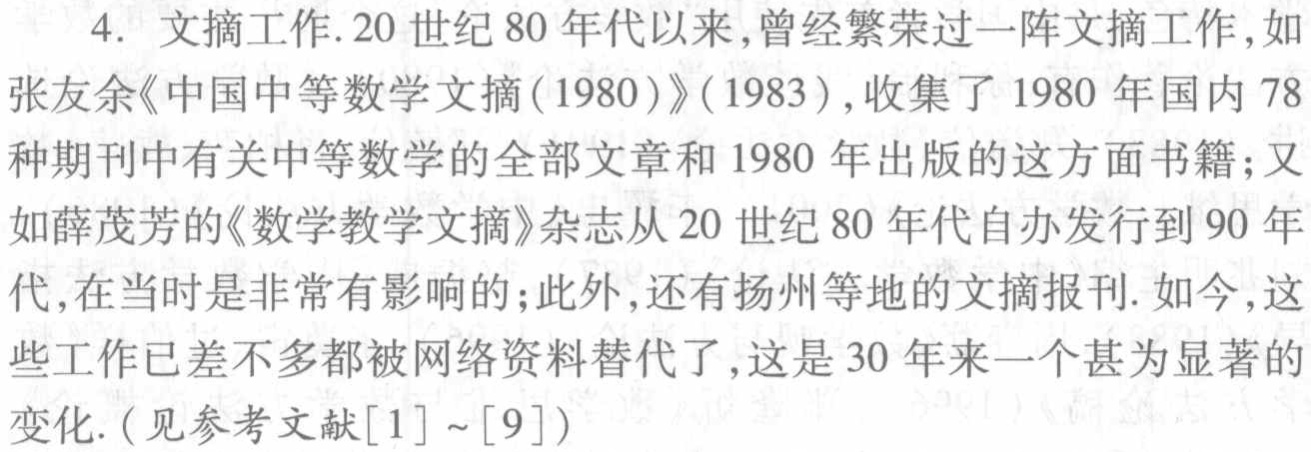
4. 文摘工作.20世纪80年代以来,曾经繁荣过一阵文摘工作,如
张友余《中国中等数学文摘(1980)》(1983),收集了1980年国内78
种期刊中有关中等数学的全部文章和1980年出版的这方面书籍;又
如薛茂芳的《数学教学文摘》杂志从20世纪80年代自办发行到90年
代,在当时是非常有影响的;此外,还有扬州等地的文摘报刊.如今,这
些工作已差不多都被网络资料替代了,这是30年来一个甚为显著的
变化.(见参考文献[1]~[9])